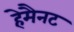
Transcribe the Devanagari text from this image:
हेमैनट